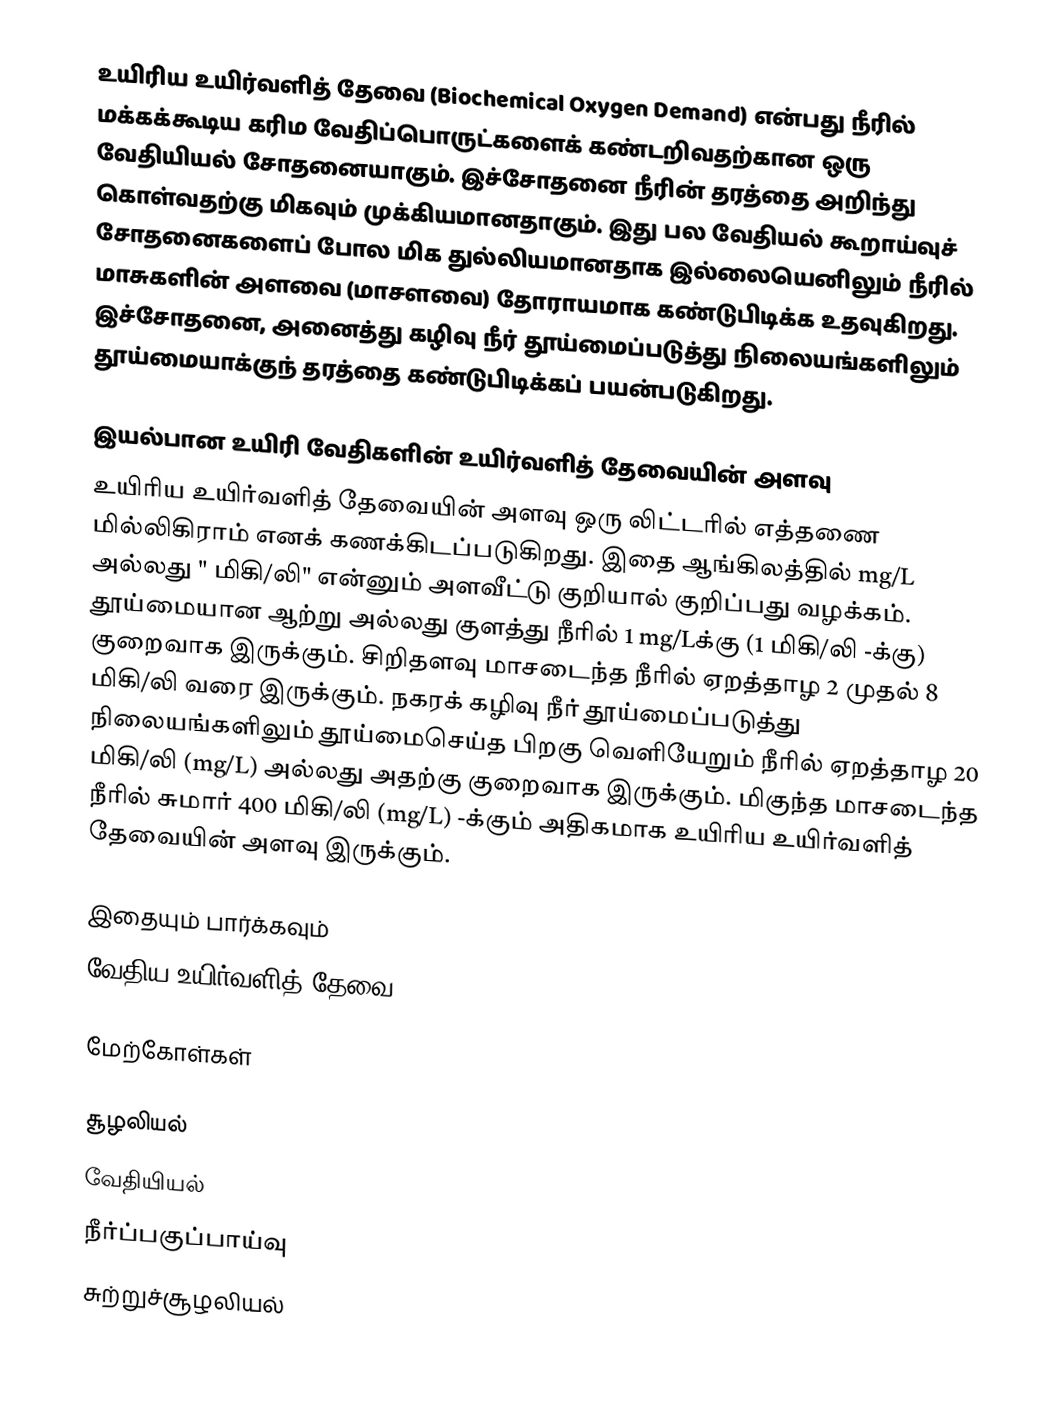
உயிரிய உயிர்வளித் தேவை (Biochemical Oxygen Demand) என்பது நீரில் மக்கக்கூடிய கரிம வேதிப்பொருட்களைக் கண்டறிவதற்கான ஒரு வேதியியல் சோதனையாகும். இச்சோதனை நீரின் தரத்தை அறிந்து கொள்வதற்கு மிகவும் முக்கியமானதாகும். இது பல வேதியல் கூறாய்வுச் சோதனைகளைப் போல மிக துல்லியமானதாக இல்லையெனிலும் நீரில் மாசுகளின் அளவை (மாசளவை) தோராயமாக கண்டுபிடிக்க உதவுகிறது. இச்சோதனை, அனைத்து கழிவு நீர் தூய்மைப்படுத்து நிலையங்களிலும் தூய்மையாக்குந் தரத்தை கண்டுபிடிக்கப் பயன்படுகிறது.

இயல்பான உயிரி வேதிகளின் உயிர்வளித் தேவையின் அளவு
உயிரிய உயிர்வளித் தேவையின் அளவு ஒரு லிட்டரில் எத்தணை மில்லிகிராம் எனக் கணக்கிடப்படுகிறது. இதை ஆங்கிலத்தில் mg/L அல்லது " மிகி/லி" என்னும் அளவீட்டு குறியால் குறிப்பது வழக்கம். தூய்மையான ஆற்று அல்லது குளத்து நீரில் 1 mg/Lக்கு (1 மிகி/லி -க்கு) குறைவாக இருக்கும். சிறிதளவு மாசடைந்த நீரில் ஏறத்தாழ 2 முதல் 8 மிகி/லி வரை இருக்கும். நகரக் கழிவு நீர் தூய்மைப்படுத்து நிலையங்களிலும் தூய்மைசெய்த பிறகு வெளியேறும் நீரில் ஏறத்தாழ 20 மிகி/லி (mg/L) அல்லது அதற்கு குறைவாக இருக்கும். மிகுந்த மாசடைந்த நீரில் சுமார் 400 மிகி/லி (mg/L) -க்கும் அதிகமாக உயிரிய உயிர்வளித் தேவையின் அளவு இருக்கும்.

இதையும் பார்க்கவும்
வேதிய உயிர்வளித் தேவை

மேற்கோள்கள்

சூழலியல்
வேதியியல்
நீர்ப்பகுப்பாய்வு
சுற்றுச்சூழலியல்